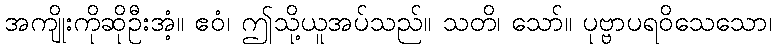
အကျိုးကိုဆိုဦးအံ့။ ဧဝံ၊ ဤသို့ယူအပ်သည်။ သတိ၊ သော်။ ပုဗ္ဗာပရဝိသေသော၊